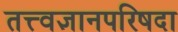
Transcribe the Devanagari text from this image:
तत्त्वज्ञानपरिषदा